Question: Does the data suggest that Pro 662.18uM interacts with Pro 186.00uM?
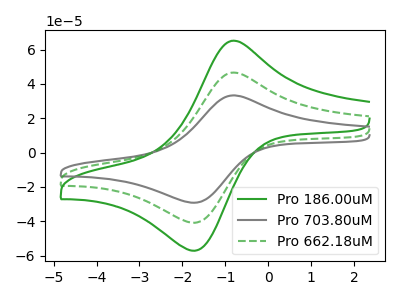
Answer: <think>The green curve "Pro 186.00uM" has an anodic peak at (-0.80V, 93.25uA) and a cathodic peak at (-1.70V, -81.80uA). The gray curve "Pro 703.80uM" has an anodic peak at (-0.80V, 33.35uA) and a cathodic peak at (-1.70V, -29.25uA). The green dashed curve "Pro 662.18uM" has an anodic peak at (-0.80V, 46.60uA) and a cathodic peak at (-1.70V, -40.90uA).
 All the peaks in "Pro 662.18uM" have a peak in "Pro 186.00uM" at the same potential. Every peak in "Pro 662.18uM" is lower than every peak in "Pro 186.00uM".</think>
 <answer>No, "Pro 662.18uM" and "Pro 186.00uM" don't appear to be significantly different in shape</answer>
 <eval>no_change</eval>